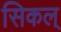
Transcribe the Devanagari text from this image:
सिकल्